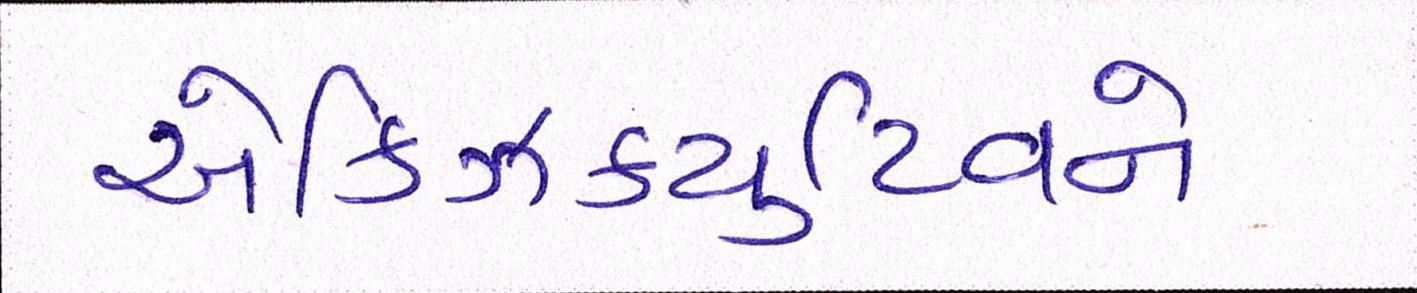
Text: એક્ઝિક્યુટિવને